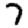
Digit: 7